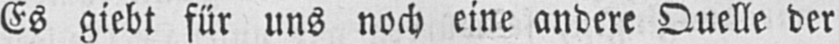
Es giebt für uns noch eine andere Quelle der